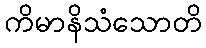
ကိမာနိသံသောတိ